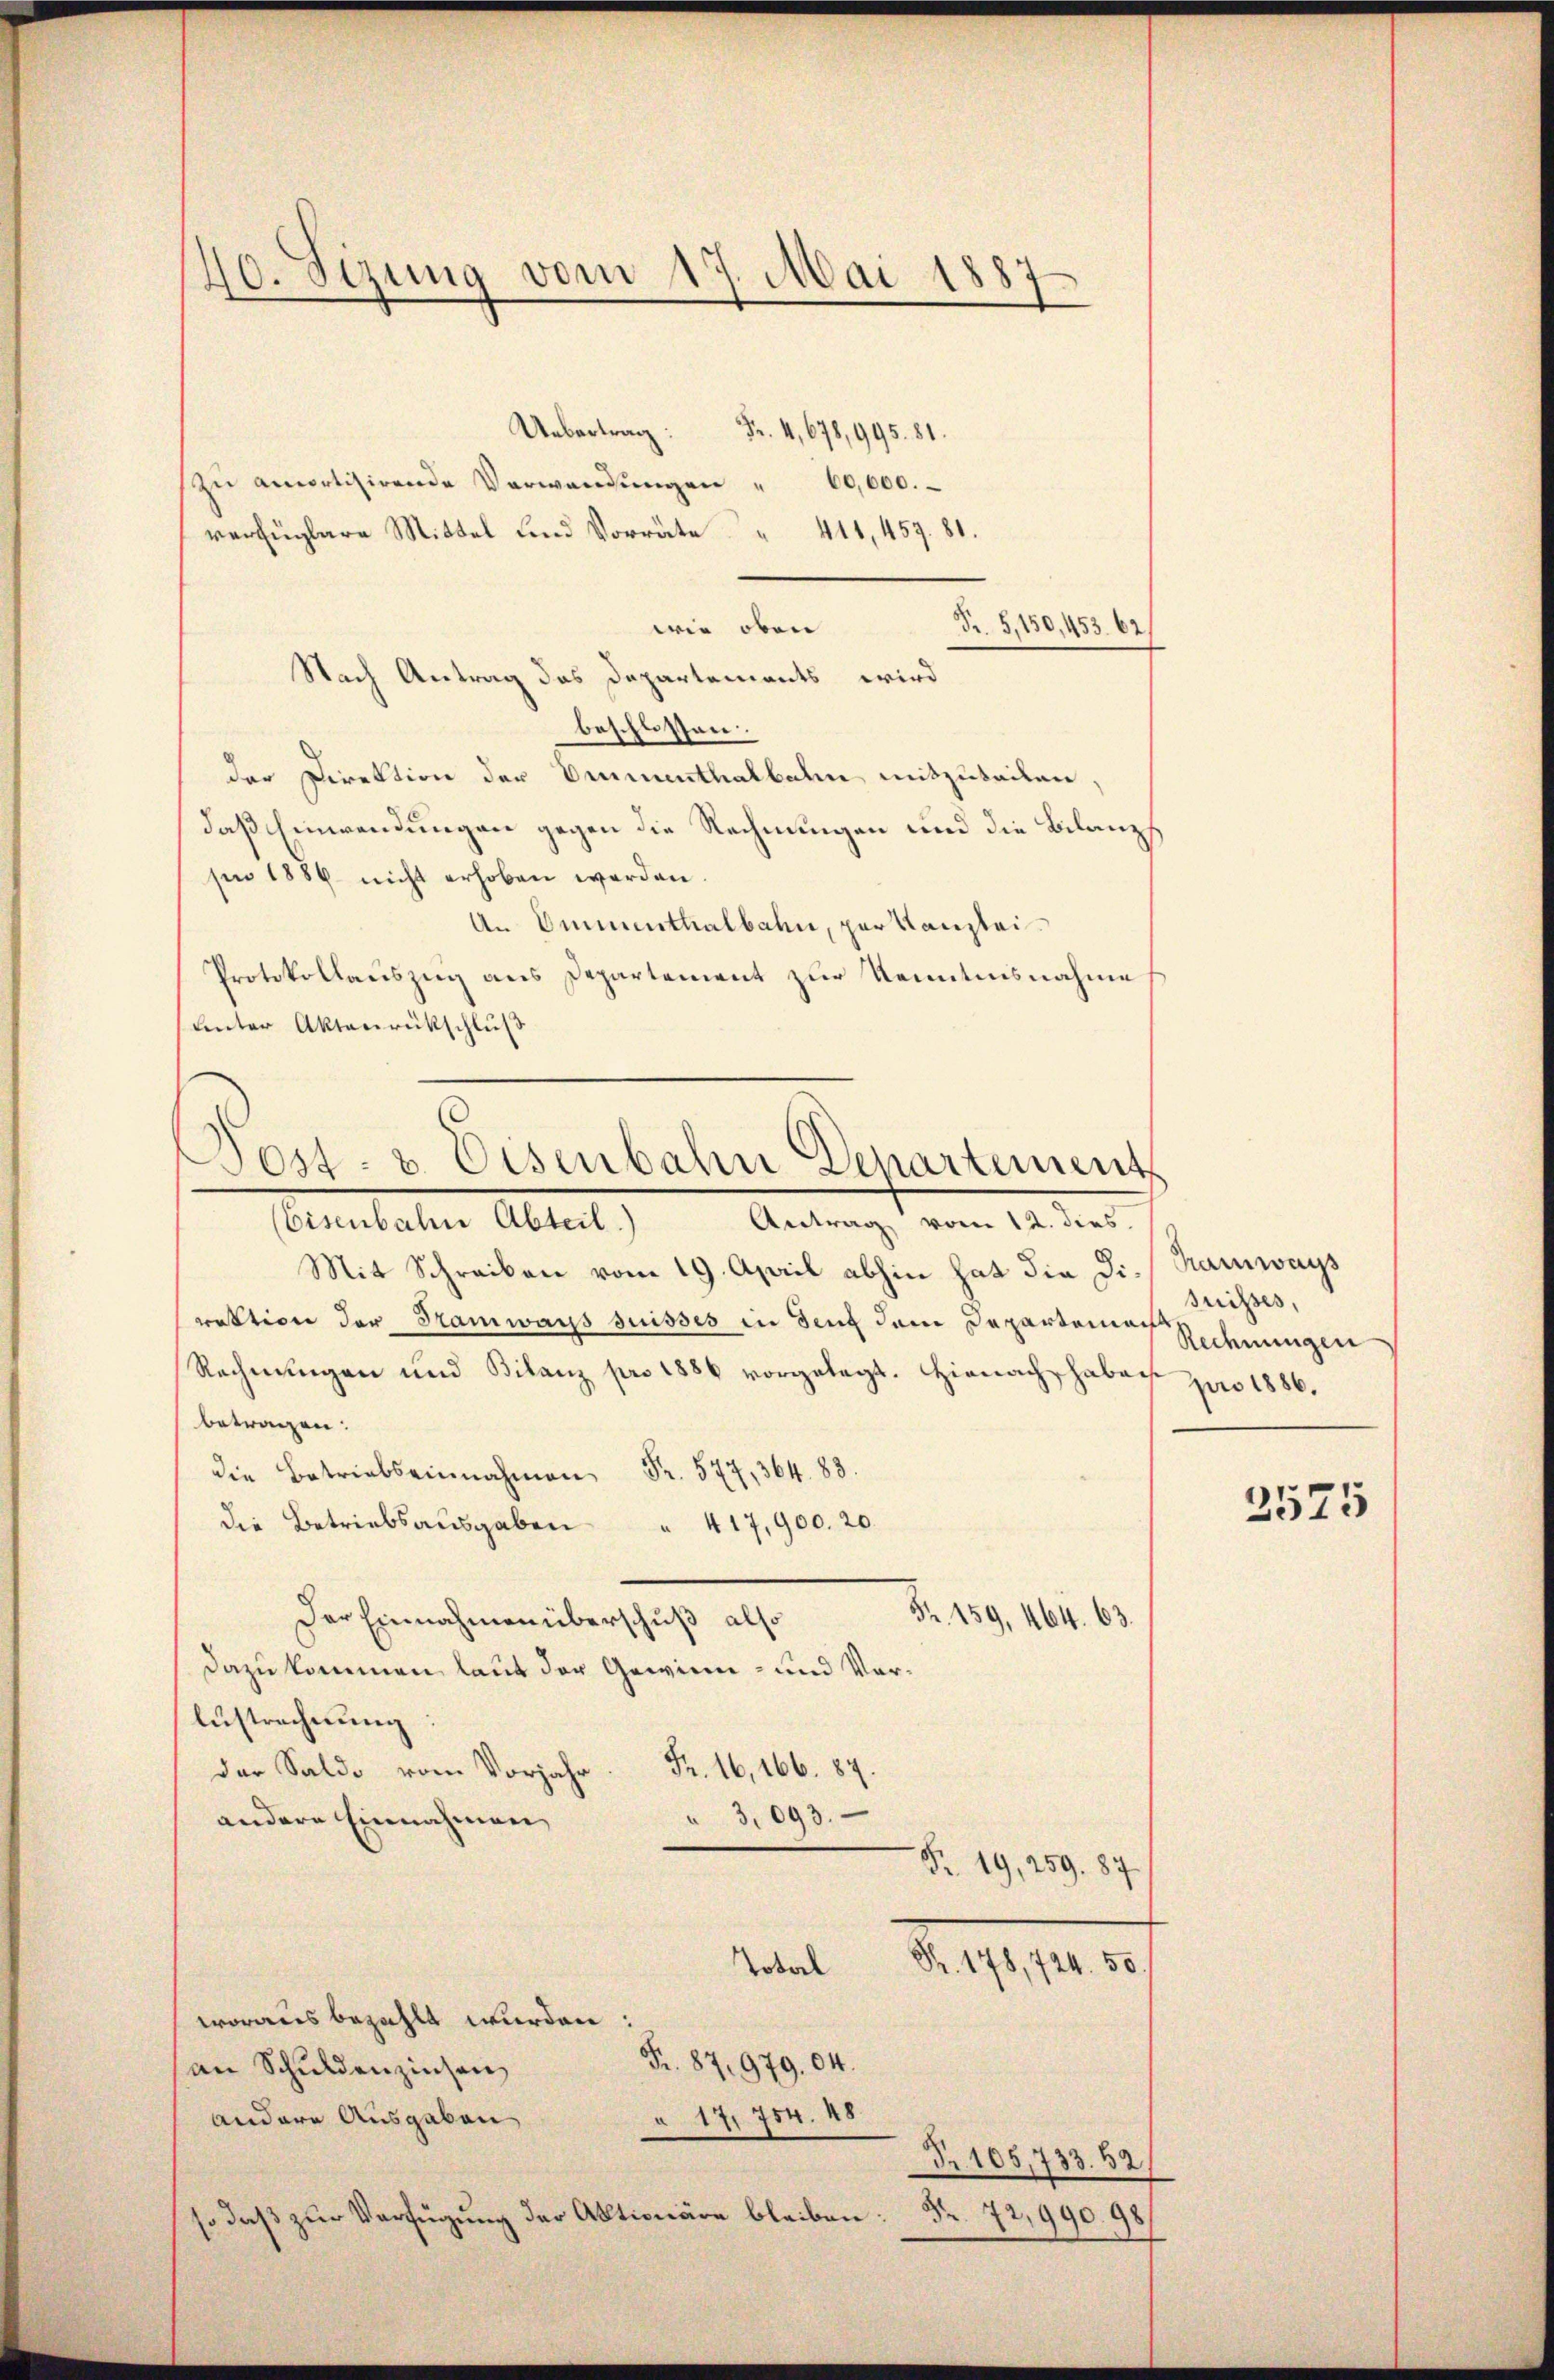
40. Sezung vom 17. Mai 1887
.4678,995. 81.

zŭ amortisirende Verwandŭngen " 60,000.
verfügbare Mittel und Vorräte 411, 457. 81.
wie oben
Nach Antrag das Departements wird
beschlossen.
der Direktion der Emmenthalbahn mitzuteilen,
daß Einwendungen gegen die Rechnungen und die Bilanz
sii 1886 nicht erhoben werden.
An Ominthalbahn, per Kanzlei.
Protokollauszug aus Departement zur Kenntnisnahme
unter Aktenrückschluß
(Eisenbahn Abteil.) Antrag vom 12. dies
Mit Schreiben vom 19. April abhin hat die Di-Kamways
rektion der Stamwars suisses in den dem Departemach
Rechnungen und Bilanz pro 1886 vorgelegt. Hienach haben pro 1886.
betragen:
die Betriebeinnahme Fr. 577,364. 88.
die Betriebsausgaben " 417,900. 20.
Fr. 159, 464. 63.
Der Einnahmen überschuß also
dazu kommen laut der Gewinn- und Vorlustrechnung:
der Saldo vom Vorjahr. Fr. 16, 166. 87.
" 3,093.
andere Einnahmen
Nr. 19, 259. 87
d. 1104. 2
Tobal
woraus bezahlt wurden
Fr. 87, 979. 04.
an Schuldenzinsen
andere Ausgaben
§ 17,754. 48.
Nr. 105,733. 62
so daß zur Verfügung der Aktionäre bleiben:
Nr. 72,99098

Post- & Eisenbahn Departement

R. 5,150, 453. 62

suisses,
Rechnungen
2575